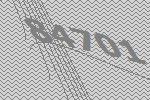
84701